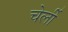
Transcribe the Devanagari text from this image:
चेर्ली